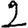
Digit: 2